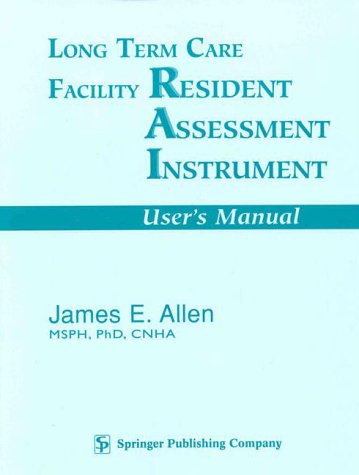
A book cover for Long Term Care Facility Resident Assessment Instrument: For Use With Version 2.0 of Hcfa; James E. Allen; Medical Books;